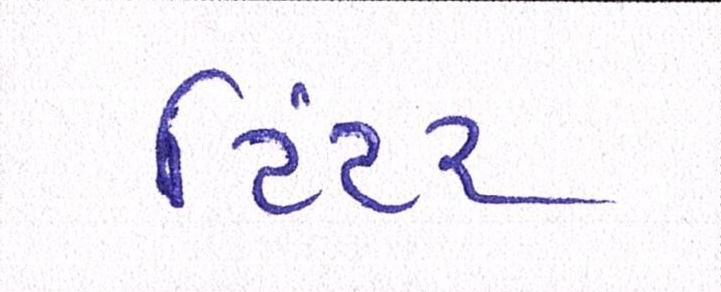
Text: ટિંટર